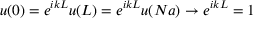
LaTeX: u ( 0 ) = e ^ { i k L } u ( L ) = e ^ { i k L } u ( N a ) \to e ^ { i k L } = 1